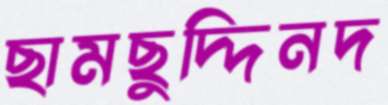
ছামছুদ্দিনদ